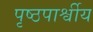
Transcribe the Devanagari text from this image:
पृष्ठपार्श्वीय